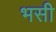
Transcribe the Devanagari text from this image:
भसी